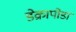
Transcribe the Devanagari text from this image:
डेक्रापोडा